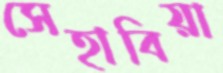
সেহাবিয়া